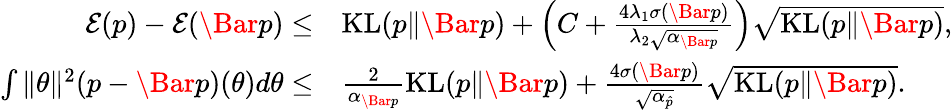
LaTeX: \begin{array}{rl}{\mathcal{E}(p)-\mathcal{E}(\Bar{p})\leq}&{\mathrm{KL}(p\| \Bar{p})+\left(C+\frac{4\lambda_{1}\sigma(\Bar{p})}{\lambda_{2}\sqrt{\alpha_{\Bar{p}}}}\right)\sqrt{\mathrm{KL}(p\| \Bar{p})},}\\ {\int\| \theta\| ^{2}(p-\Bar{p})(\theta)d\theta\leq}&{\frac{2}{\alpha_{\Bar{p}}}\mathrm{KL}(p\| \Bar{p})+\frac{4\sigma(\Bar{p})}{\sqrt{\alpha_{\hat{p}}}}\sqrt{\mathrm{KL}(p\| \Bar{p})}.}\end{array}